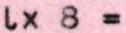
Lx 8 =